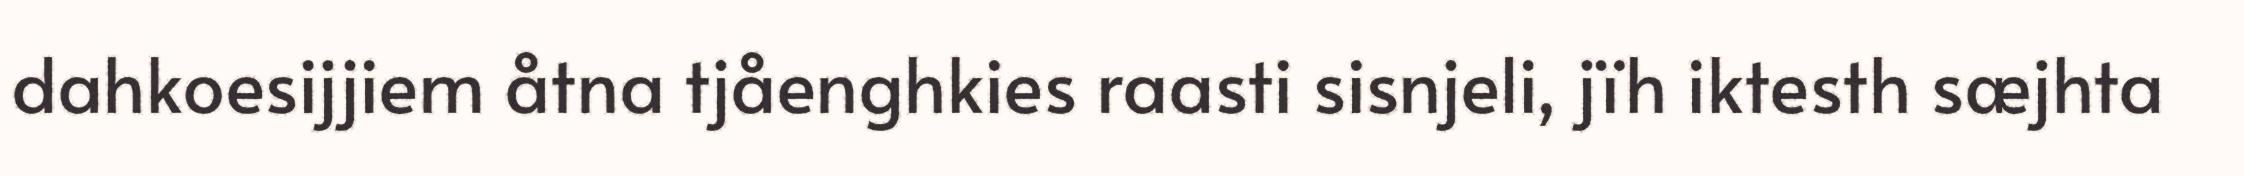
dahkoesijjiem åtna tjåenghkies raasti sisnjeli, jïh iktesth sæjhta